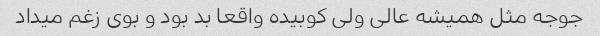
جوجه مثل همیشه عالی ولی کوبیده واقعا بد بود و بوی زغم میداد